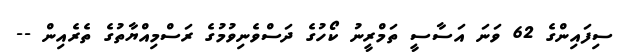
ސިފައިންގެ 62 ވަނަ އަސާސީ ތަމްރީނު ކޯހުގެ ދަސްވެނިވުމުގެ ރަސްމިއްޔާތުގެ ތެރެއިން --